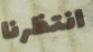
انتظرنا